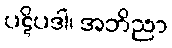
ပဋိပဒါ၊ အဘိညာ